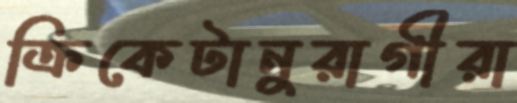
ক্রিকেটানুরাগীরা